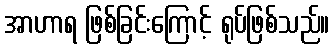
အာဟာရ ဖြစ်ခြင်းကြောင့် ရုပ်ဖြစ်သည်။